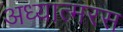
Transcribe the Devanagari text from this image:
अध्यात्मरस